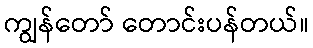
ကျွန်တော် တောင်းပန်တယ်။